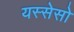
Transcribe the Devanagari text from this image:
यस्सेसो